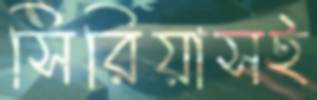
সিরিয়াসই